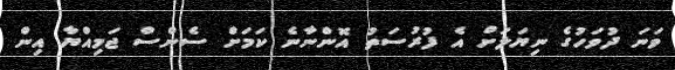
ވަނަ ދުވަހުގެ ނިޔަލަށް އެ ފުރުސަތު އޮންނާނެ ކަމަށް ސެންސް ޖަމިއްޔާ އިން